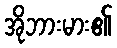
အိုဘားမား၏